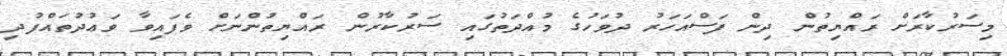
މިސަރުކާރަށް ރައްޔިތުން ދިން ފަސްއަހަރު ދުވަހުގެ މުއްދަތުގައި ސަރުކާރުން ރައްޔިތުންނަށް ވެފައިވާ ވަޢުދުތައްފުދި